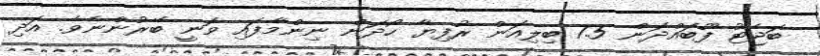
ބަޖެޓު ފޫބައްދަން 7.5 ބިލިއަން ރުފިޔާ ހޯދަން ނިންމާފައި ވަނީ ބޭރުންނެވެ. އަދި